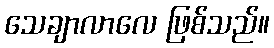
သေချာလာလေ ဖြစ်သည်။